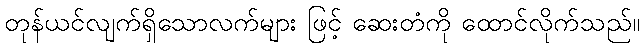
တုန်ယင်လျက်ရှိသောလက်များ ဖြင့် ဆေးတံကို ထောင်လိုက်သည်။